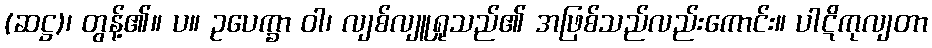
(ဆဋ္ဌ)၊ တွန့်၏။ ပ။ ဥပေက္ခာ ဝါ၊ လျစ်လျူရှုသည်၏ အဖြစ်သည်လည်းကောင်း။ ပါဋိကုလျတာ